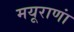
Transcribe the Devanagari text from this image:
मयूराणां